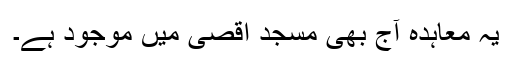
یہ معاہدہ آج بھی مسجد اقصیٰ میں موجود ہے۔